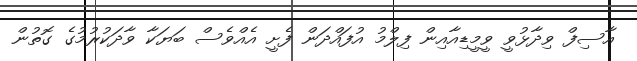
އާސިފް ވިދާޅުވީ ވީމީޑިއާއިން ފިލްމު އުފައްދަން ފެށީ އެއްވެސް ބަޔަކާ ވާދަކުރުމުގެ ގޮތުން